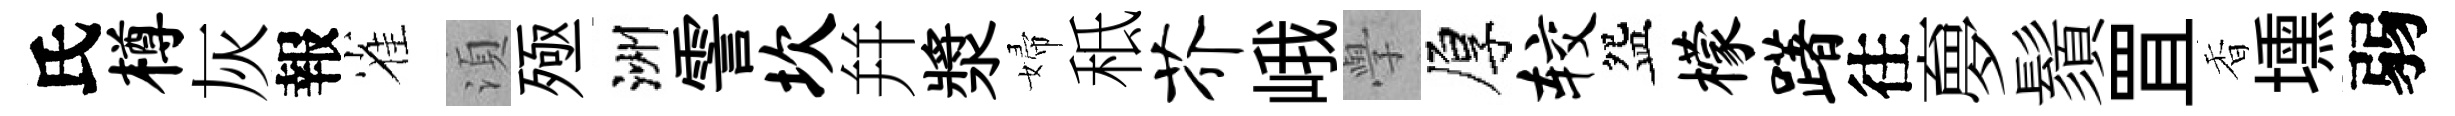
氏樽灰報雀湏殛洲霅坎幷漿婦秪芥峨𭓕厚较盌檬躇往夣鬚罝香壎弱